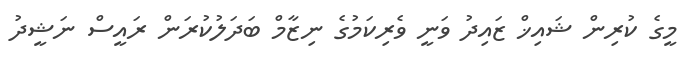
މީގެ ކުރިން ޝައިޚް ޒައިދު ވަނީ ވެރިކަމުގެ ނިޒާމް ބަދަލުކުރަން ރައީސް ނަޝީދު